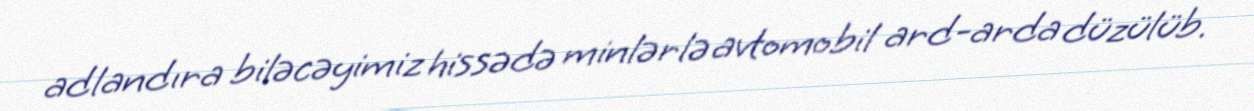
adlandıra biləcəyimiz hissədə minlərlə avtomobil ard-arda düzülüb.